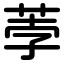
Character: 荸